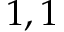
1 , 1